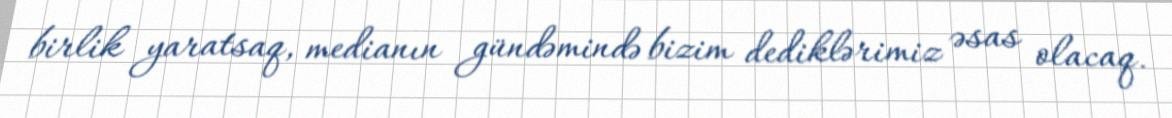
birlik yaratsaq, medianın gündəmində bizim dediklərimiz əsas olacaq.